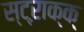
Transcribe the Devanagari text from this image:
स्ट्ऱाक्क्